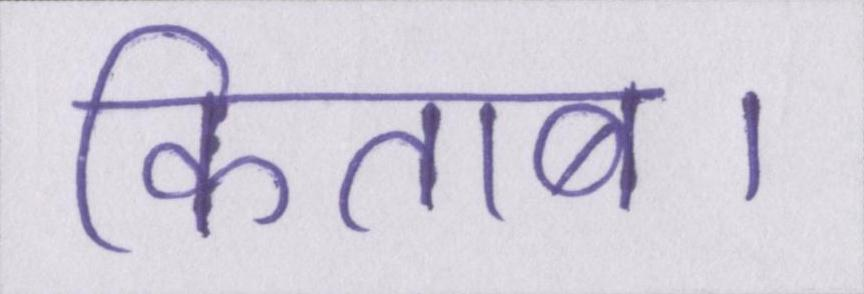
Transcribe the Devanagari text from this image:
किताब।